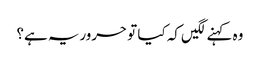
وہ کہنے لگیں کہ کیا تو حروریہ ہے؟